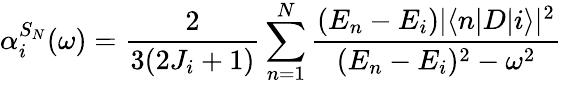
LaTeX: \alpha_{i}^{S_{N}}(\omega)=\frac{2}{3(2J_{i}+1)}\sum_{n=1}^{N}\frac{(E_{n}-E_{i})|\langle n|D|i\rangle|^{2}}{(E_{n}-E_{i})^{2}-\omega^{2}}